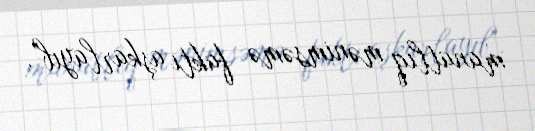
manatlıq mənimsəmə faktı aşkarlayıb".